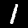
Label: 1